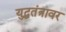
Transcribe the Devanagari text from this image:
युद्धतंत्रावर